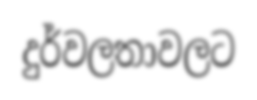
දුර්වලතාවලට